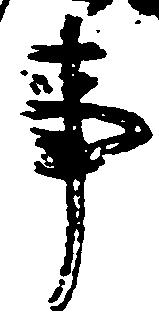
事